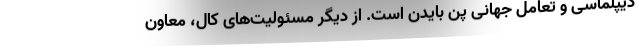
دیپلماسی و تعامل جهانی پن بایدن است. از دیگر مسئولیت‌های کال، معاون